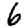
Digit: 6